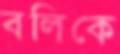
বলিকে